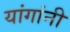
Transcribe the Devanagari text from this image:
यांगांनी